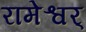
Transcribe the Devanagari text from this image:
रामेश्वर्